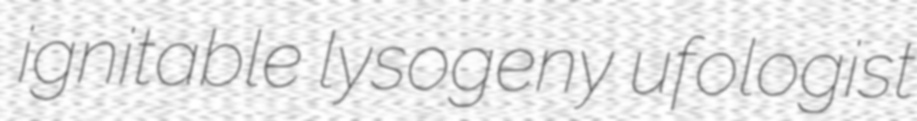
ignitable lysogeny ufologist